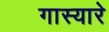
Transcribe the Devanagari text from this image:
गास्यारे